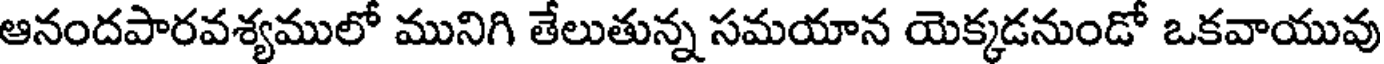
ఆనందపారవశ్యములో మునిగి తేలుతున్న సమయాన యెక్కడనుండో ఒకవాయువు